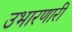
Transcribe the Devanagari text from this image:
उभारणारी